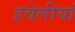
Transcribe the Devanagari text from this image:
हवेलीयां